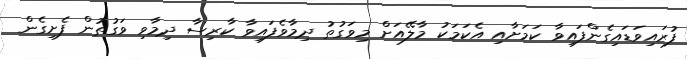
ފުރައިވަޑައިގެންފައިވާ ކަމަށާއި އެކަމަކު މާލޭއަށް މިވަގުތު ދިމާވެފައިވާ ކާރިސާ ދިމާވި ވަގުތުން ފެށިގެން